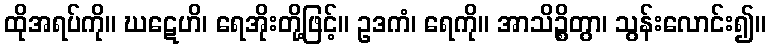
ထိုအရပ်ကို။ ဃဋေဟိ၊ ရေအိုးတို့ဖြင့်။ ဥဒကံ၊ ရေကို။ အာသိဉ္စိတွာ၊ သွန်းလောင်း၍။